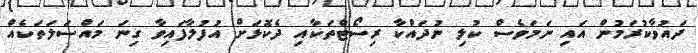
ދައުވާކުރަމުން އައި ނަމަވެސް ކުލި ނުދައްކާ ރިސޯޓްތަކާއި ދެކޮޅަށް އުފުލާފައިވާ ގިނަ މައްސަލަތަކެއް